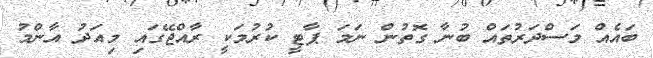
ބައެއް މަސްދަރުތައް ބުނާ ގޮތުން ނަމަ ޕާޓީ ކުރުމަކީ ރާއްޖޭގައި މިއަދު އާންމު